Source: Handwritten
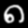
Digit: ၈ (8)